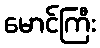
မောင်ကြီး